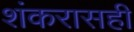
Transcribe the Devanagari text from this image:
शंकरासही